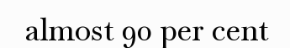
almost 90 per cent